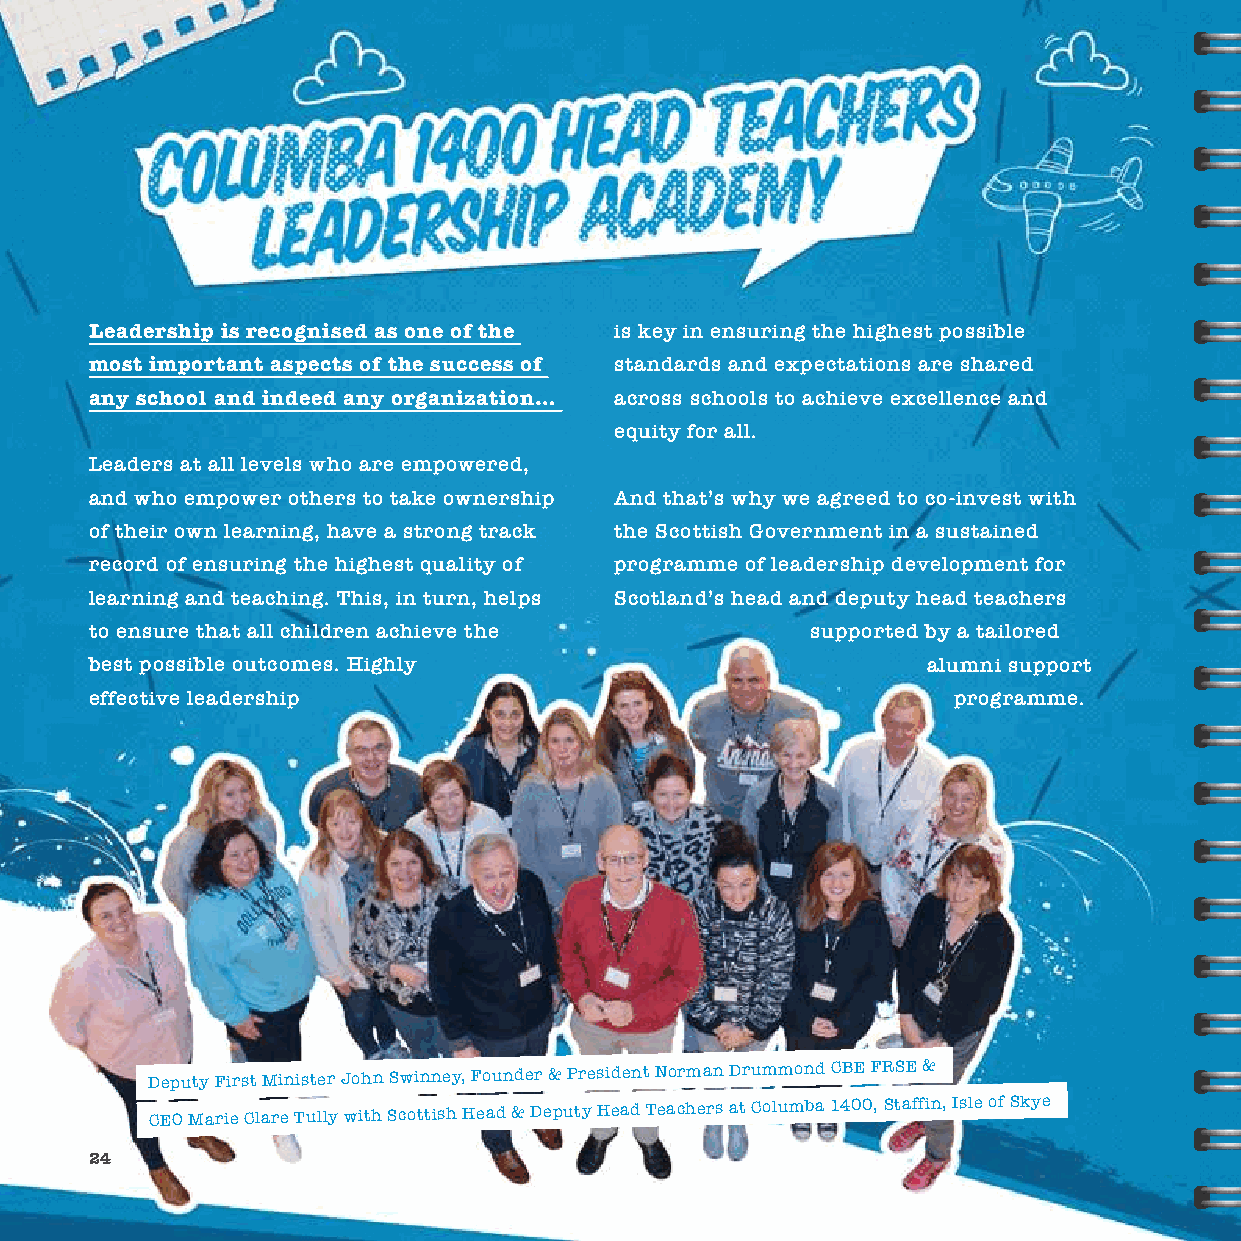
Leadership is recognised as one of the is key in ensuring the highest possible
 most important aspects of the success of standards and expectations are shared
 any school and indeed any organization… across schools to achieve excellence and
 equity for all.
 Leaders at all levels who are empowered,
 and who empower others to take ownership And that’s why we agreed to co-invest with
 of their own learning, have a strong track the Scottish Government in a sustained
 record of ensuring the highest quality of programme of leadership development for
 learning and teaching. This, in turn, helps Scotland’s head and deputy head teachers
 to ensure that all children achieve the         supported by a tailored
 best possible outcomes. Highly                         alumni support
 effective leadership                                     programme.
 Deputy First Minister John Swinney, Founder & President Norman Drummond CBE FRSE &
 CEO Marie Clare Tully with Scottish Head & Deputy Head Teachers at Columba 1400, Staffin, Isle of Skye
 24